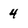
Character: 4